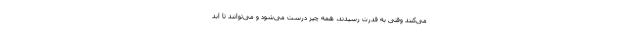
می‌کنند وقتی به قدرت رسیدند، همه چیز درست می‌شود و می‌توانند تا ابد